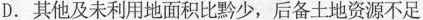
D.其他及未利用地面积比黔少，后备土地资源不足